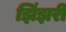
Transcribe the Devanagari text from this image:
झिंझरी